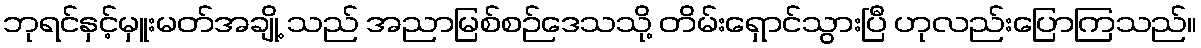
ဘုရင်နှင့်မှူးမတ်အချို့ သည် အညာမြစ်စဉ်ဒေသသို့ တိမ်းရှောင်သွားပြီ ဟုလည်းပြောကြသည်။